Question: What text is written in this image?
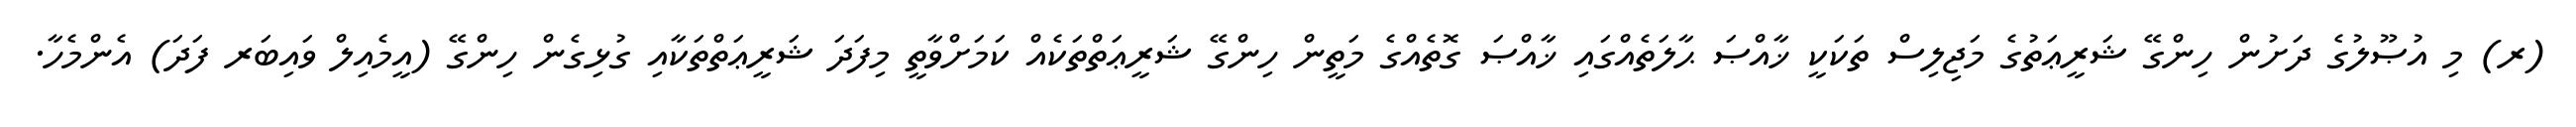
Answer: (ރ) މި އުޞޫލުގެ ދަށުން ހިންގޭ ޝަރީޢަތުގެ މަޖިލިސް ތަކަކީ ޚާއްޞަ ޙާލަތެއްގައި ޚާއްޞަ ގޮތެއްގެ މަތީން ހިންގޭ ޝަރީޢަތްތަކެއް ކަމަށްވާތީ މިފަދަ ޝަރީޢަތްތަކާއި ގުޅިގެން ހިންގޭ (އީމެއިލް ވައިބަރ ފަދަ) އެންމެހާ.